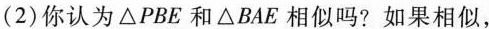
(2)你认为△PBE和△BAE相似吗?如果相似，